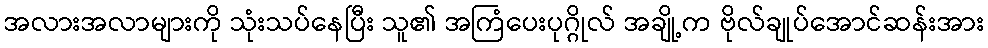
အလားအလာများကို သုံးသပ်နေပြီး သူ၏ အကြံပေးပုဂ္ဂိုလ် အချို့က ဗိုလ်ချုပ်အောင်ဆန်းအား